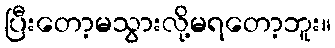
ပြီးတော့မသွားလို့မရတော့ဘူး။